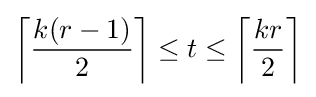
\left\lceil {\frac {k(r-1)}{2}}\right\rceil \leq t\leq \left\lceil {\frac {kr}{2}}\right\rceil